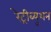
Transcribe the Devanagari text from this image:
रेट्रीब्युशन